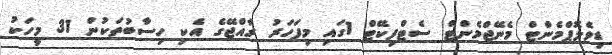
ޑިވެލޮޕްމެންޓް މެނޭޖްމެންޓް ސެޓްފިކޭޓް 1ގައި މިފަހަރު ރާއްޖޭގެ އެކި ހިސާބުތަކުން 31 މީހަކު